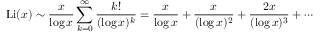
\operatorname { L i } ( x ) \sim { \frac { x } { \log x } } \sum _ { k = 0 } ^ { \infty } { \frac { k ! } { ( \log x ) ^ { k } } } = { \frac { x } { \log x } } + { \frac { x } { ( \log x ) ^ { 2 } } } + { \frac { 2 x } { ( \log x ) ^ { 3 } } } + \cdots